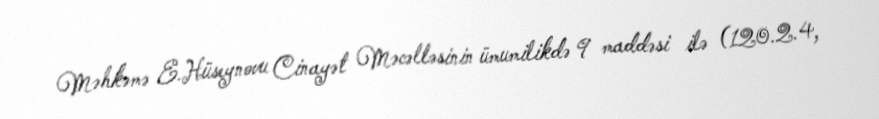
Məhkəmə E.Hüseynovu Cinayət Məcəlləsinin ümumilikdə 9 maddəsi ilə (120.2.4,